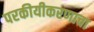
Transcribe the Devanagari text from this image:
परकीयीकरणाचा